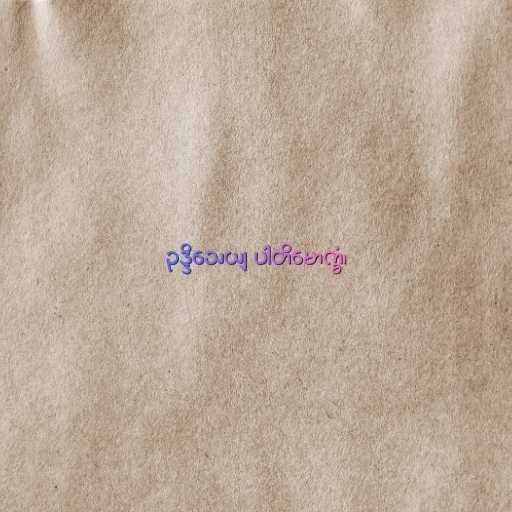
ဥဒ္ဒိသေယျ ပါတိမောက္ခံ၊